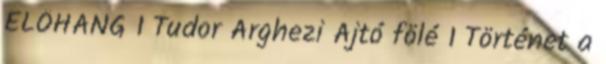
ELŐHANG 1 Tudor Arghezi Ajtó fölé 1 Történet a